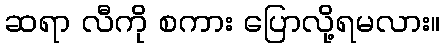
ဆရာ လီကို စကား ပြောလို့ရမလား။